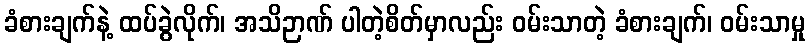
ခံစားချက်နဲ့ ထပ်ခွဲလိုက်၊ အသိဉာဏ် ပါတဲ့စိတ်မှာလည်း ဝမ်းသာတဲ့ ခံစားချက်၊ ဝမ်းသာမှု